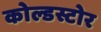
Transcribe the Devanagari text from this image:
कोल्डस्टोर